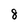
Character: 8